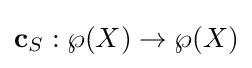
\mathbf {c} _{S}:\wp (X)\to \wp (X)